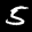
Label: 5